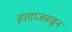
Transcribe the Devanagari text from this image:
हाडाजवळून